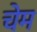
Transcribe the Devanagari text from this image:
चेम